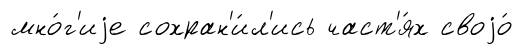
мно́г'иjе сохран'и́л'ись част'я́х своjо́